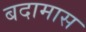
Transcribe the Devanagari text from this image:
बदामास